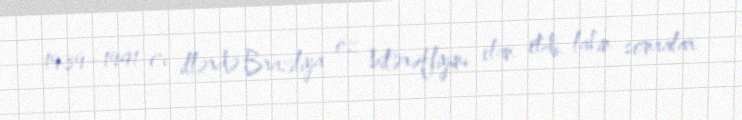
1939–1941-ci illərdə Braziliya öz bitərəfliyini elan etdi, lakin sonralar